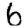
Digit: 6